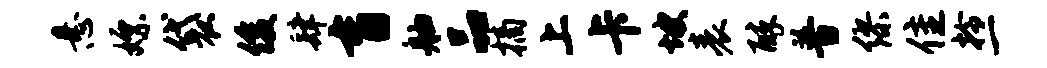
悬嫖袋俊肆盲舳品摘上卡坡表醉普缪隹拎一